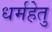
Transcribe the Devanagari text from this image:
धर्महेतु